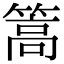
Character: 篙